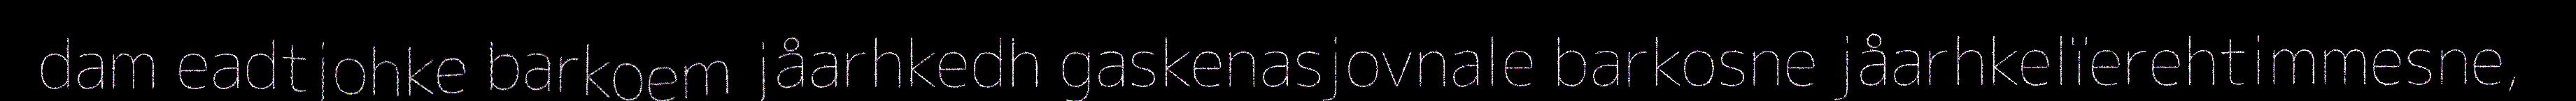
dam eadtjohke barkoem jåarhkedh gaskenasjovnale barkosne jåarhkelïerehtimmesne,